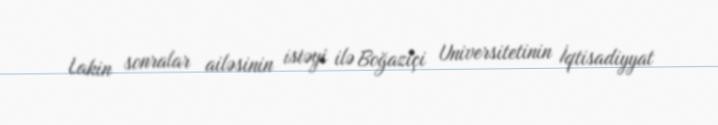
Lakin sonralar ailəsinin istəyi ilə Boğaziçi Universitetinin İqtisadiyyat